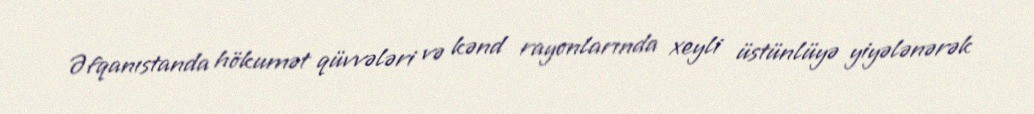
Əfqanıstanda hökumət qüvvələri və kənd rayonlarında xeyli üstünlüyə yiyələnərək